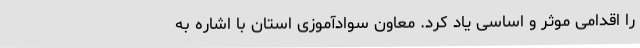
را اقدامی موثر و اساسی یاد کرد. معاون سوادآموزی استان با اشاره به